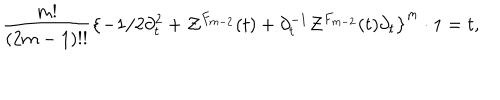
LaTeX: { \frac { m ! } { ( 2 m - 1 ) ! ! } } \left\{ - 1 / 2 \partial _ { t } ^ { 2 } + { \cal Z } ^ { F _ { m - 2 } } ( t ) + \partial _ { t } ^ { - 1 } { \cal Z } ^ { F _ { m - 2 } } ( t ) \partial _ { t } \right\} ^ { m } \cdot 1 = t ,